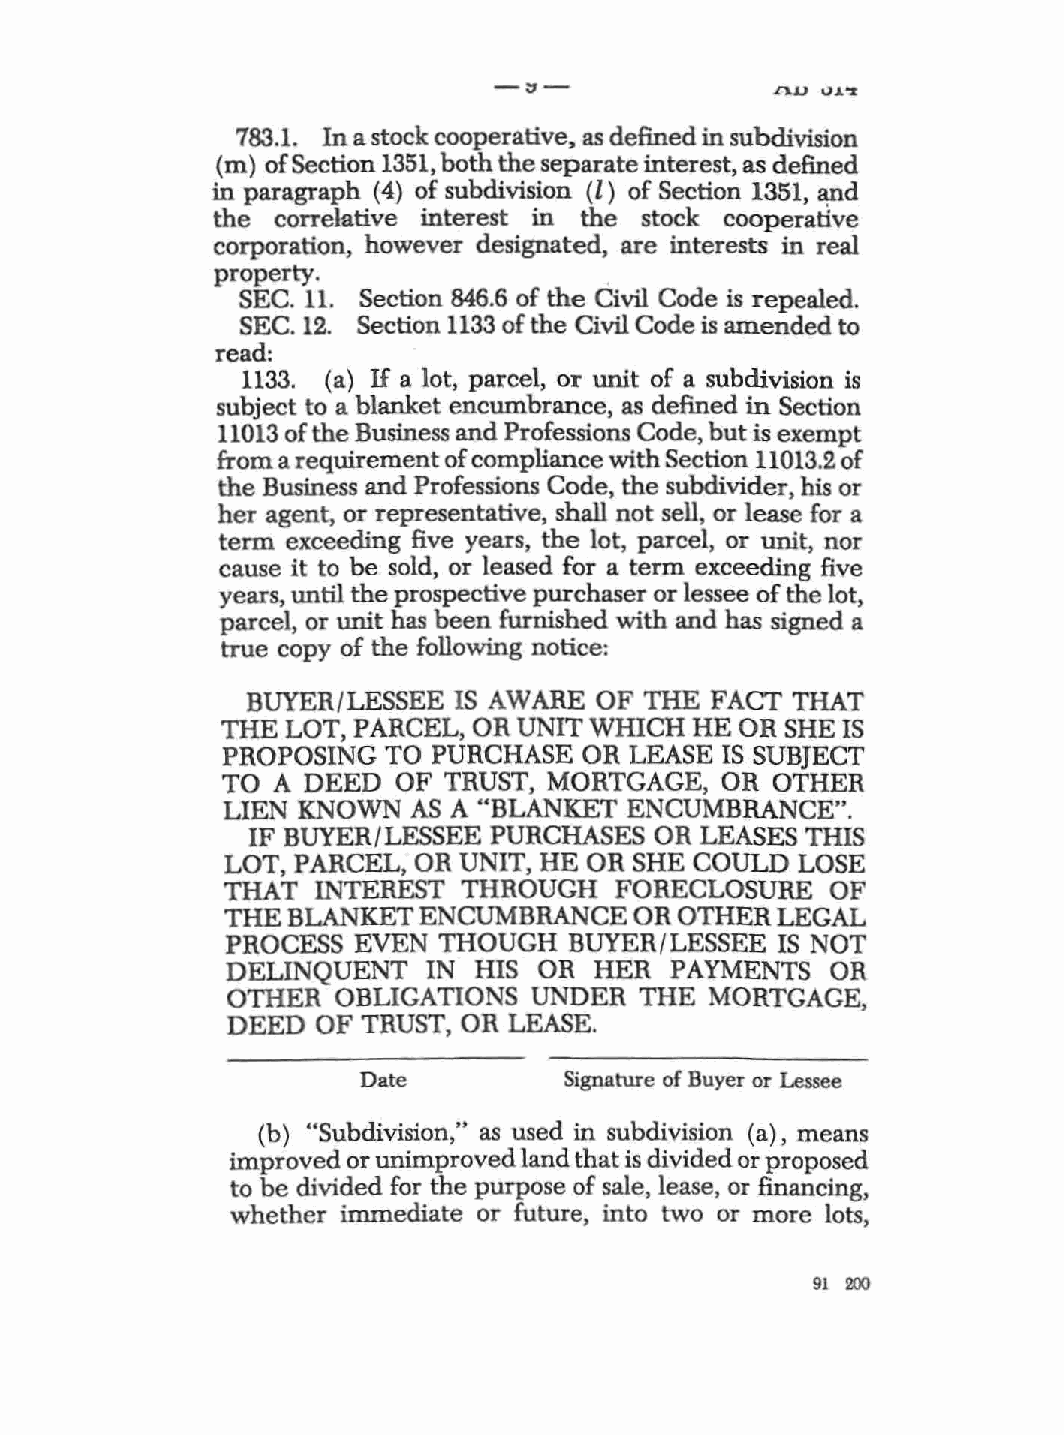
-::1-
 L').J.) " J. "Z
 783.1. In a stock cooperative, as defined in subdivision
 (m) of Section 1351, both the separate interest, as defined
 in paragraph (4) of subdivision (Z) of Section 1351, and
 the correlative interest in the stock cooperative
 corporation, however designated, are interests in real
 property.
 SEC. 11. Section 846.6 of the Civil Code is repealed.
 SEC. 12. Section 1133 of the Civil Code is amended to
 read:
 1133. (a) H a lot, parcel, or unit of a subdivision is
 subject to a blanket encwnbrance, as defined in Section
 11013 of the Business and Professions Code, but is exempt
 from a requirement of compliance with Section 11013.2 of
 the Business and Professions Code, the subdivider, his or
 her agent, or representative, shall not sell, or lease for a
 term exceeding five years, the lot, parcel, or unit, nor
 cause it to be sold, or leased for a term exceeding five
 years, until the prospective purchaser or lessee of the lot,
 parcel, or unit has been furnished with and has signed a
 true copy of the following notice:
 BUYER/LESSEE  IS AWARE OF  THE FACT THAT
 THE LOT, PARCEL, OR UNIT WHICH HE OR SHE IS
 PROPOSING  TO PURCHASE  OR LEASE IS SUBJECT
 TO A DEED  OF TRUST, MORTGAGE,   OR OTHER
 LIEN KNOWN  AS A "BLANKET  ENCUMBRANCE".
 IF BUYER/LESSEE PURCHASES  OR LEASES THIS
 LOT, PARCEL, OR UNIT, HE OR SHE COULD LOSE
 THAT  INTEREST  THROUGH   FORECLOSURE   OF
 THE BLANKET  ENCUMBRANCE   OR OTHER LEGAL
 PROCESS EVEN  THOUGH   BUYER/LESSEE IS NOT
 DELINQUENT   IN HIS  OR HER  PAYMENTS   OR
 OTHER  OBLIGATIONS  UNDER  THE  MORTGAGE,
 DEED  OF TRUST, OR LEASE.
 Date         Signature of Buyer or Lessee
 (b) "Subdivision," as used in subdivision (a), means
 improved or unimproved land that is divided or proposed
 to be divided for the purpose of sale, lease, or financing,
 whether immediate or future, into two or more lots,
 91 200